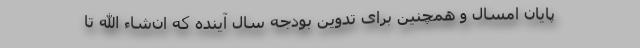
پایان امسال و همچنین برای تدوین بودجه سال آینده که ان‌شاء الله تا